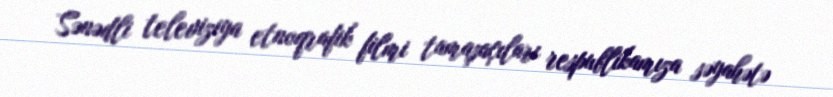
Sənədli televiziya etnoqrafik filmi tamaşaçıları respublikamıza səyahətə